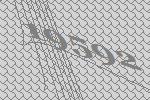
19592